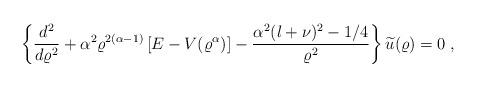
LaTeX: \begin{align*}\left\{ \frac{d^{2} }{d \varrho^{2}}+\alpha^{2} \varrho^{2(\alpha-1)} \left[E - V( \varrho^{\alpha}) \right]- \frac{ \alpha^{2} (l + \nu)^{2} - 1/4 }{ \varrho^{2} }\right\} \widetilde{u} (\varrho) = 0\; ,\end{align*}